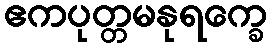
ဧကပုတ္တမနုရက္ခေ